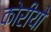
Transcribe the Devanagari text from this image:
कोरीयो